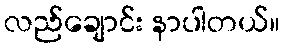
လည်ချောင်း နာပါတယ်။